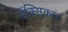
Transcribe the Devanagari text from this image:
मेंक्सिकन